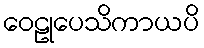
ဝေဠုပေသိကာယပိ